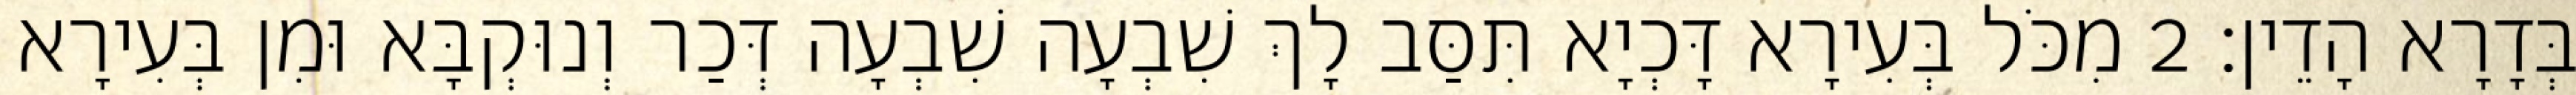
בְּדָרָא הָדֵין׃ 2 מִכֹּל בְּעִירָא דָּכְיָא תִּסַּב לָךְ שִׁבְעָה שִׁבְעָה דְּכַר וְנוּקְבָּא וּמִן בְּעִירָא